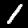
Digit: 1